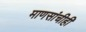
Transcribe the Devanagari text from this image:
माणसांचीही